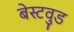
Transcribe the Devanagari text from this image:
बेस्टवुड